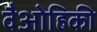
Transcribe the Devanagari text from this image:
वैओहिकी